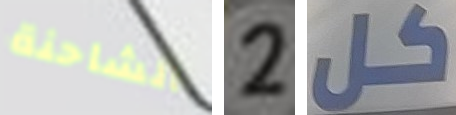
الشاحنة 2 كل